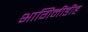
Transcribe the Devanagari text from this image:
भागिनीडीह